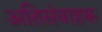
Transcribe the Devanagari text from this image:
अतिसंवाहक